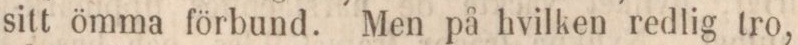
sitt ömma förbund. Men på hvilken redlig tro,